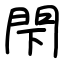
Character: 閇